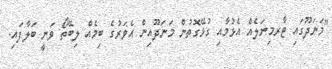
"މަނަދޫގައި ޓާރމިނަލެއް އެޅުމާއި ގުޅޭގޮތުން މަނަދޫއިން އެވަރުގެ ބިމެއް ލިބޭތޯ ވަނީ ބަލާފައި.